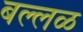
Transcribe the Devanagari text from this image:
बल्लळ